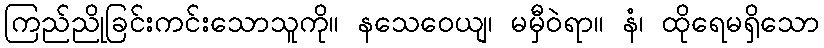
ကြည်ညိုခြင်းကင်းသောသူကို။ နသေဝေယျ၊ မမှီဝဲရာ။ နံ၊ ထိုရေမရှိသော